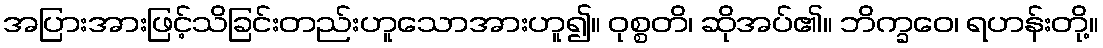
အပြားအားဖြင့်သိခြင်းတည်းဟူသောအားဟူ၍။ ဝုစ္စတိ၊ ဆိုအပ်၏။ ဘိက္ခဝေ၊ ရဟန်းတို့။